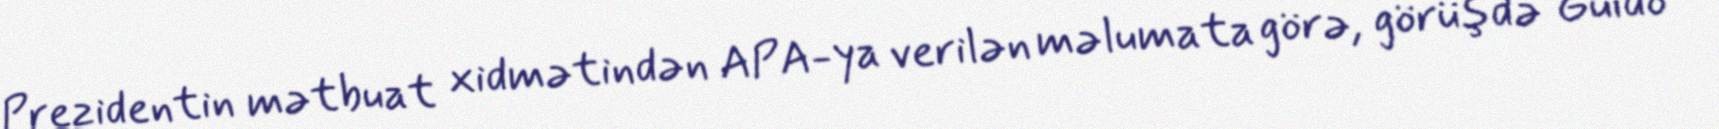
Prezidentin mətbuat xidmətindən APA-ya verilən məlumata görə, görüşdə Guido